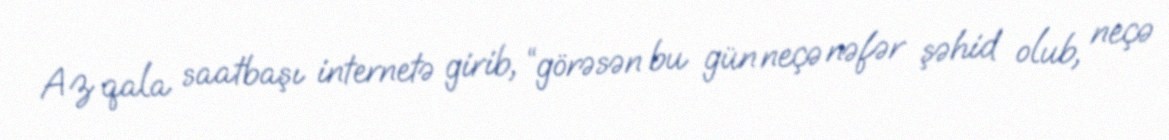
Az qala saatbaşı internetə girib, “görəsən bu gün neçə nəfər şəhid olub, neçə